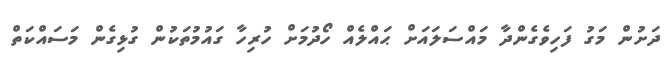
ދަށުން މަގު ފަހިވެގެންދާ މައްސަލައަށް ޙައްލެއް ހޯދުމަށް ހުރިހާ ގައުމުތަކުން ގުޅިގެން މަސައްކަތް